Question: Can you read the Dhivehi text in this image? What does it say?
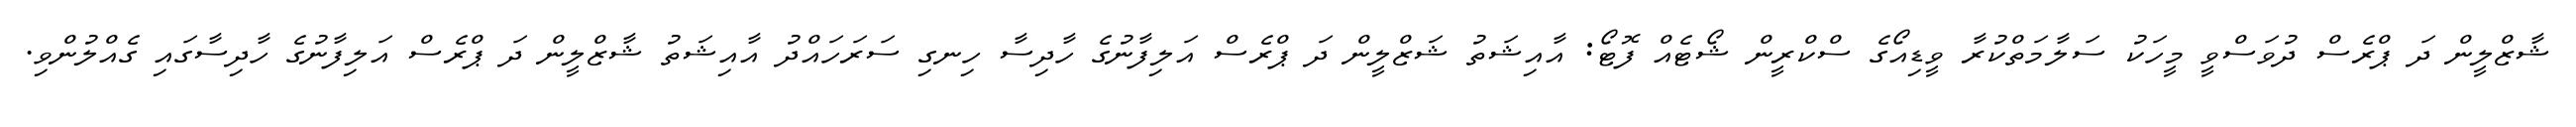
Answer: ޝާޒްލީން ދަ ޕްރެސް ދުވަސްވީ މީހަކު ސަލާމަތްކުރާ ވީޑިއޯގެ ސްކްރީން ޝޯޓެއް ފޮޓޯ: އާއިޝަތު ޝަޒްލީން ދަ ޕްރެސް އަލިފާނުގެ ހާދިސާ ހިނގި ސަރަހައްދު އާއިޝަތު ޝާޒްލީން ދަ ޕްރެސް އަލިފާނުގެ ހާދިސާގައި ގެއްލުންވި.